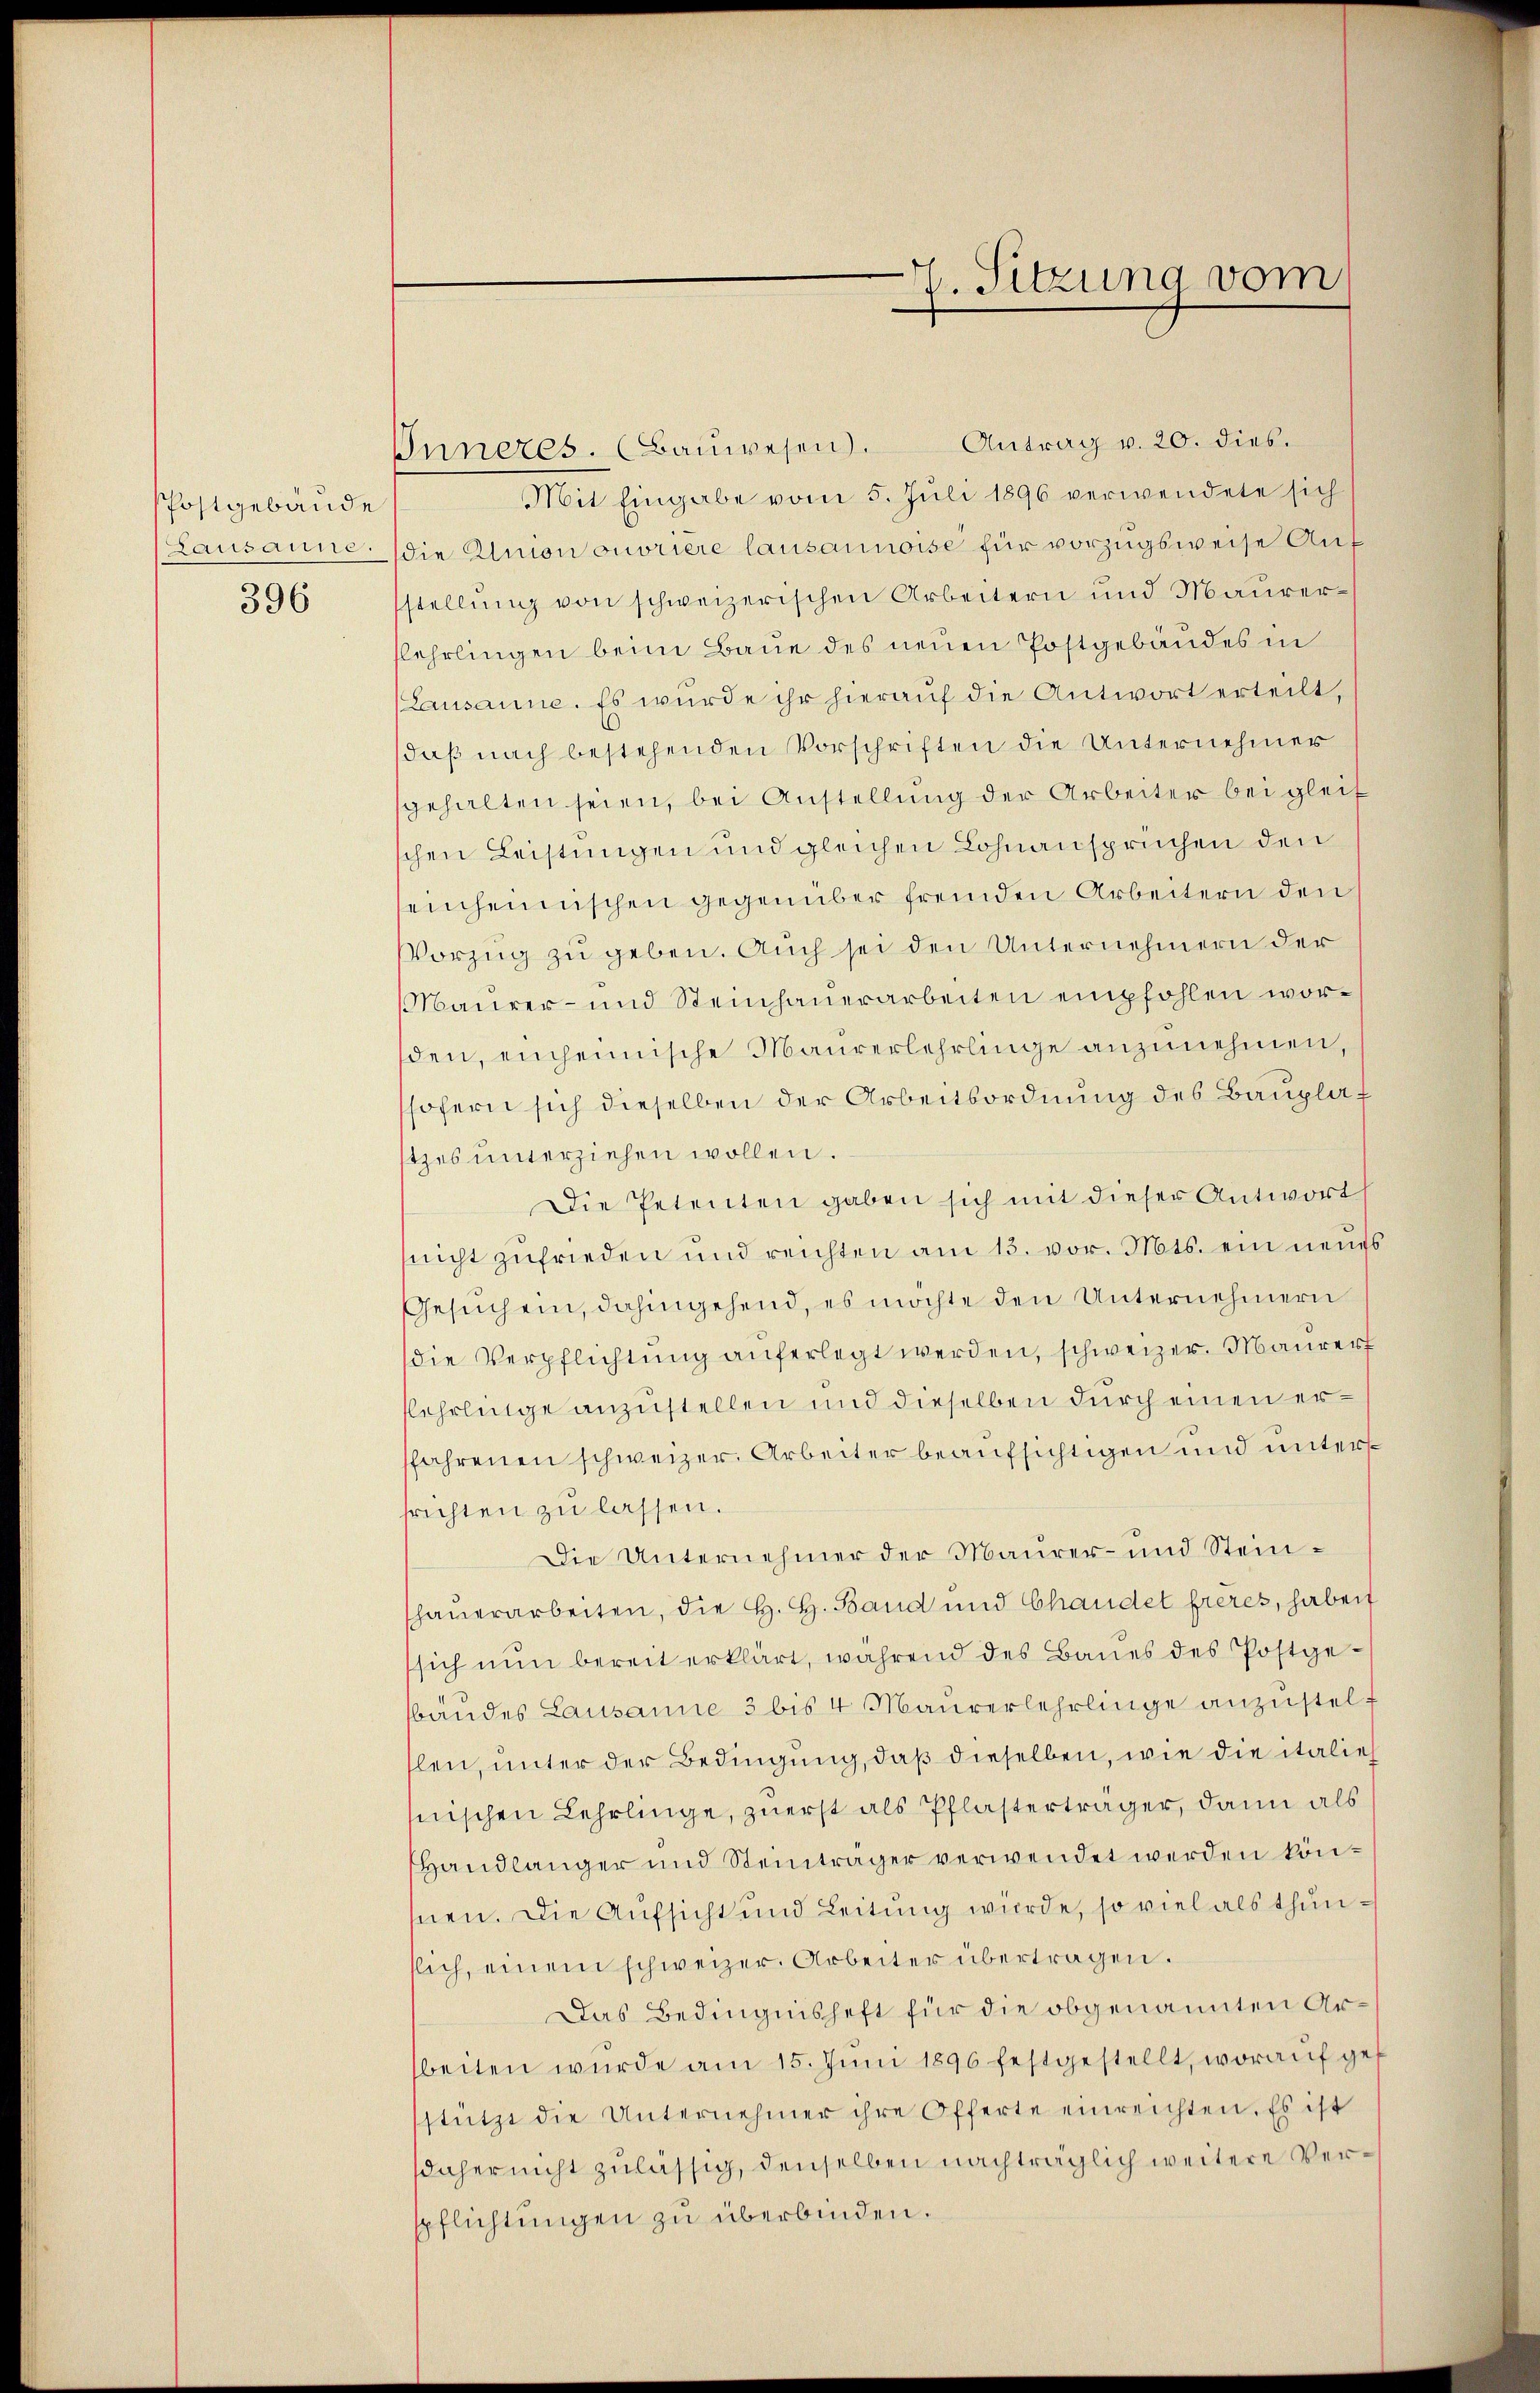
Phostgebäude
Lausanne.

396

Inneres. (Baŭwesen. Antrag v. 20. dies
Mit Eingabe vom 5. Juli 1896 verwendete sich
die Union ouvriere lausannoise für vorzugsweise Auf
stellung von schweizerischen Arbeitern und Maurerflehrlingen beim Baue des neuen Postgebäudes in
Lausanne. Es wurde ihr hierauf die Antwort erteilt,
daß nach bestehenden Vorschriften die Unternehmer
gehalten seien, bei Anstellung der Arbeiter bei gleit
schen Leistungen und gleichen Lohnansprüchen den
seinheimischen gegenüber fremden Arbeitern den
Vorzug zu geben. Auch sei den Unternehmern der
Maurer- und Steinhauerarbeiten empfohlen worden, einheimische Maurerlehrlinge anzunehmen,
sofern sich dieselben der Arbeitsordnung des Bauplat
tzes unterziehen wollen.
Die Petenten gaben sich mit dieser Antwort
(nicht zufrieden und reichten am 13. vor. Mts. ein neues
Gesuchein, dahingehend, es möchte den Unternehmern
die Verpflichtung auferlegt werden, schweizer. Maurer
fehrlinge anzustellen und dieselben durch einen ersfahrenen schweizer. Arbeiter beaufsichtigen und unterssrichten zu lassen.
Die Unternehmer der Maurer- und Steinshaŭerarbeiten, die H. H. Band und Chandet freres, harbeit
sich nun bereit erklärt, während des Baues des Postgebandes Lausanne 3 bis 4 Maŭrerlehrlinge anzustelslen, unter der Bedingung, daß dieselben, wie die italie
snischen Lehrlinge, zuerst als Pflasterträger, dann als
Handlänger und Steinträger verwendet werden könmen. Die Aufsicht und Leitung wurde, so viel als thunslich, einem schweizer. Arbeiter übertragen.
Das Bedingnishaft für die obgenannten Arbeiten wurde am 15. Juni 1896 festgestellt, worauf gestützt die Unternehmer ihre Offerte einreichten. Es ist
daher nicht zulässig, denselben nachträglich weitere Verspflichtungen zu überbinden.

. Sitzung vom